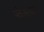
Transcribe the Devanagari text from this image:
प्लेलाउडर